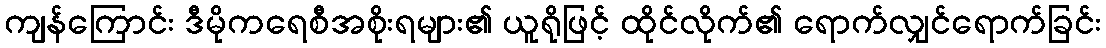
ကျန်ကြောင်း ဒီမိုကရေစီအစိုးရများ၏ ယူရိုဖြင့် ထိုင်လိုက်၏ ရောက်လျှင်ရောက်ခြင်း